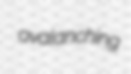
avalanching